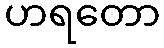
ဟရတော